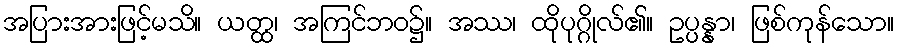
အပြားအားဖြင့်မသိ။ ယတ္ထ၊ အကြင်ဘဝ၌။ အဿ၊ ထိုပုဂ္ဂိုလ်၏။ ဥပ္ပန္နာ၊ ဖြစ်ကုန်သော။